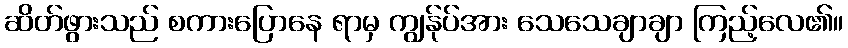
ဆိတ်ဖွားသည် စကားပြောနေ ရာမှ ကျွန်ုပ်အား သေသေချာချာ ကြည့်လေ၏။